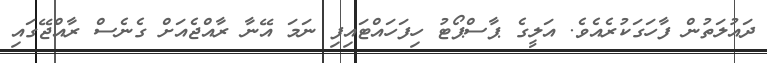
ދައުލަތުން ފާހަގަކުރެއެވެ. އަލީގެ ޕާސްޕޯޓު ހިފަހައްޓައިފި ނަމަ އޭނާ ރާއްޖެއަށް ގެނެސް ރާއްޖޭގައި